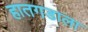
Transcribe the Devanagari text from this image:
हातगडाला